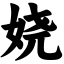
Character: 娆